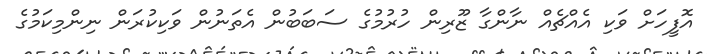
އޮފީހަށް ވަކި އެއްޗެއް ނާންގާ ޒޫރިން ހުރުމުގެ ސަބަބުން އެތަނުން ވަކިކުރަން ނިންމިކަމުގެ